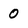
Character: 0